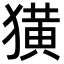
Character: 獚